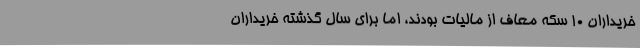
خریداران ۱۰ سکه معاف از مالیات بودند، اما برای سال گذشته خریداران